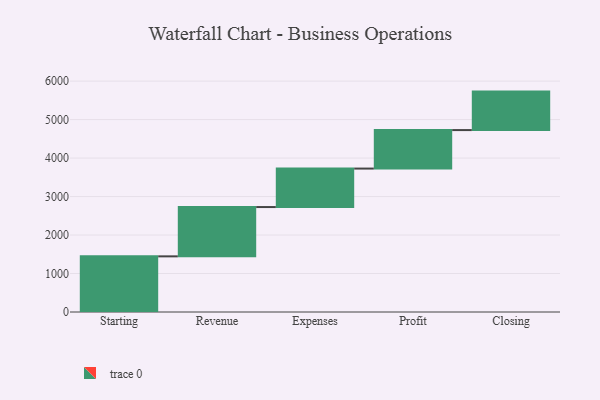
{"axis": {"x": "Step", "y": "Value"}, "legend": [""], "data": [{"x": "Starting", "y": 1446.0, "type": ""}, {"x": "Revenue", "y": 1281.0, "type": ""}, {"x": "Expenses", "y": 1000, "type": ""}, {"x": "Profit", "y": 1000, "type": ""}, {"x": "Closing", "y": 1000, "type": ""}]}